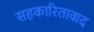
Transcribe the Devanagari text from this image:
सहकारितावाद